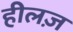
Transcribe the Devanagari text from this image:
हीलज़